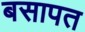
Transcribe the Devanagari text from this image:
बसापत